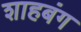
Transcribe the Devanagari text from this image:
शाहबंग